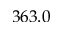
3 6 3 . 0